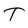
Character: T